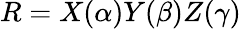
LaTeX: R=X(\alpha)Y(\beta)Z(\gamma)